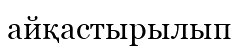
айқастырылып